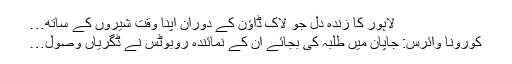
لاہور کا زندہ دل جو لاک ڈاؤن کے دوران اپنا وقت شیروں کے ساتھ…
کورونا وائرس: جاپان میں طلبہ کی بجائے ان کے نمائندہ روبوٹس نے ڈگریاں وصول…